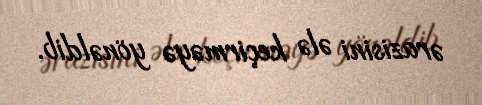
ərazisini ələ keçirməyə yönəldib.